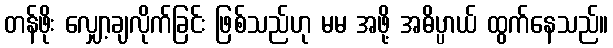
တန်ဖိုး လျှော့ချလိုက်ခြင်း ဖြစ်သည်ဟု မမ အဖို့ အဓိပ္ပာယ် ထွက်နေသည်။